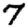
Digit: 7